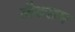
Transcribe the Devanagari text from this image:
लैक्सम